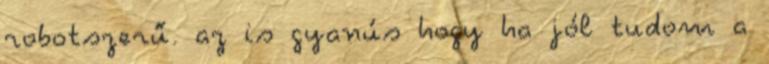
robotszerű. az is gyanús hogy ha jól tudom a